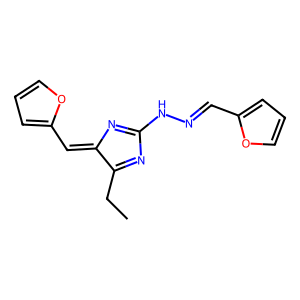
SMILES: CCC1=NC(NN=Cc2ccco2)=NC1=Cc1ccco1
Inhibits HIV replication: No